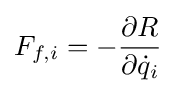
F_{f,i}=-{\frac {\partial R}{\partial {\dot {q}}_{i}}}